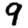
Digit: 9